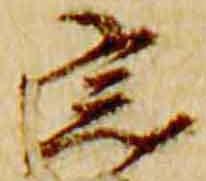
宗